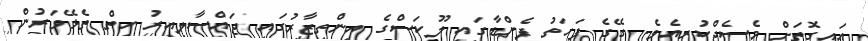
އައިގޮތަށް މެސެޖްކުރިއެވެ. ގޭގެ ފަހަތު ފެންޑާގައި ލޫކަސްގެ އިންތިޒާރުގައި ޖައްސާލިއިރު ހިތް ތެޅޭވަރުން